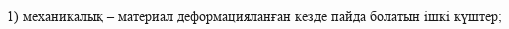
1) механикалық – материал деформацияланған кезде пайда болатын ішкі күштер;